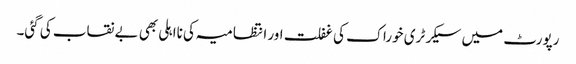
رپورٹ میں سیکرٹری خوراک کی غفلت اور انتظامیہ کی نااہلی بھی بے نقاب کی گئی۔